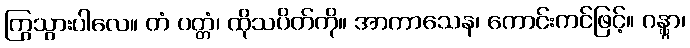
ကြွသွားပါလေ။ တံ ပတ္တံ၊ ထိုသပိတ်ကို။ အာကာသေန၊ ကောင်းကင်ဖြင့်။ ဂန္တွာ၊